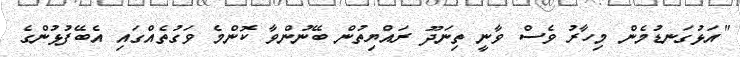
"އަޅުގަނޑުމެން މިހާރު ވެސް ވާނީ ތިނަދޫ ރައްޔިތުން ބޭނުންވާ ކޮންމެ ވަގުތެއްގައި އެބޭފުޅުންގެ